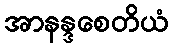
အာနန္ဒစေတိယံ